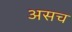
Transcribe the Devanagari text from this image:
असच